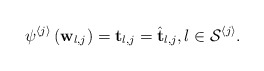
\begin{align*}\psi^{\left\langle j\right\rangle }\left(\mathbf{w}_{l,j}\right)=\mathbf{t}_{l,j}=\hat{\mathbf{t}}_{l,j},l\in\mathcal{S}^{\left\langle j\right\rangle }.\end{align*}